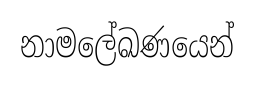
නාමලේඛණයෙන්